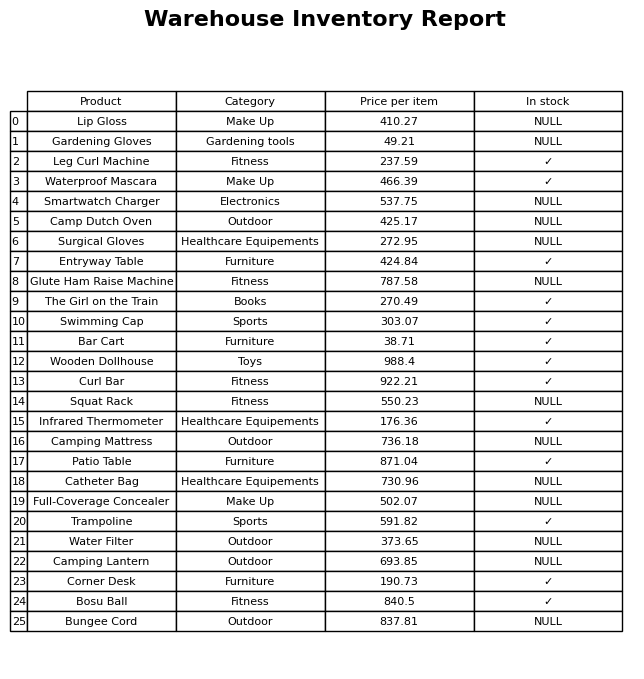
question: What is the stock status of the Bungee Cord?
answer: NULL